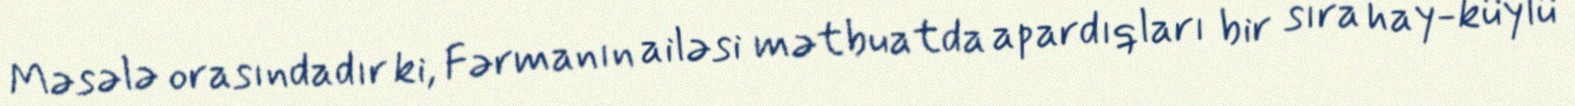
Məsələ orasındadır ki, Fərmanın ailəsi mətbuatda apardıqları bir sıra hay-küylü